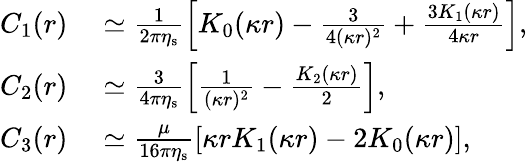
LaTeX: \begin{array}{rl}{C_{1}(r)}&{{}\simeq\frac{1}{2\pi\eta_{\mathrm{s}}}\left[K_{0}(\kappa r)-\frac{3}{4(\kappa r)^{2}}+\frac{3K_{1}(\kappa r)}{4\kappa r}\right],}\\ {C_{2}(r)}&{{}\simeq\frac{3}{4\pi\eta_{\mathrm{s}}}\left[\frac{1}{(\kappa r)^{2}}-\frac{K_{2}(\kappa r)}{2}\right],}\\ {C_{3}(r)}&{{}\simeq\frac{\mu}{16\pi\eta_{\mathrm{s}}}\left[\kappa rK_{1}(\kappa r)-2K_{0}(\kappa r)\right],}\end{array}